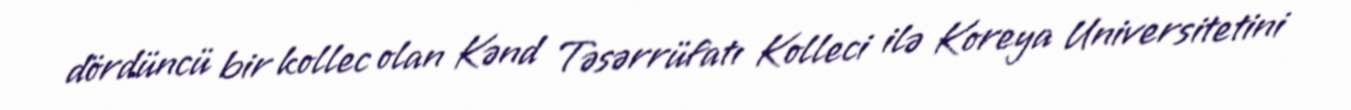
dördüncü bir kollec olan Kənd Təsərrüfatı Kolleci ilə Koreya Universitetini